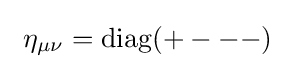
\ \eta _{\mu \nu }={\rm {diag}}(+---)~